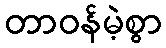
တာဝန်မဲ့စွာ